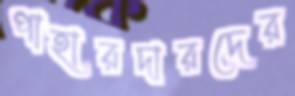
পাহারদারদের